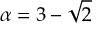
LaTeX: \alpha = 3 - { \sqrt { 2 } }